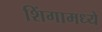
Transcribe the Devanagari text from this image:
शिंगामध्ये